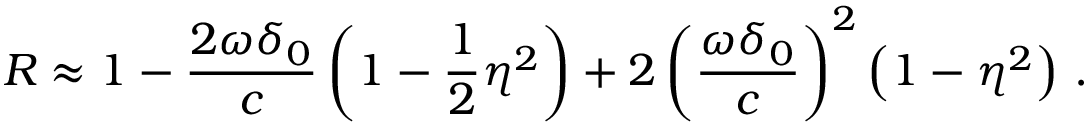
R \approx 1 - \frac { 2 \omega \delta _ { 0 } } { c } \left( 1 - \frac { 1 } { 2 } \eta ^ { 2 } \right) + 2 \left( \frac { \omega \delta _ { 0 } } { c } \right) ^ { 2 } \left( 1 - \eta ^ { 2 } \right) \, .